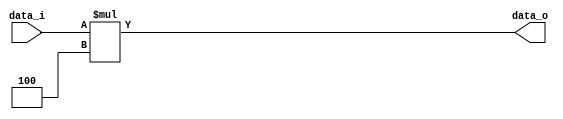
module Shift_Left(
	data_i,
	data_o
);

input	[31:0]	data_i;
output	[31:0]	data_o;

assign data_o = data_i * 4;

endmodule